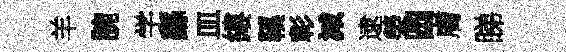
羊腕学繇皿縷鞵彰減逮榮圆膚睇